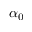
\alpha _ { 0 }